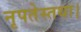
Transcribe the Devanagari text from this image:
नृपतेस्तथा।